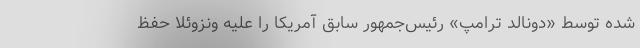
شده توسط «دونالد ترامپ» رئیس‌جمهور سابق آمریکا را علیه ونزوئلا حفظ